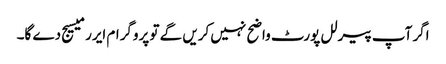
اگر آپ پیرلل پورٹ واضح نہیں کریں گے تو پروگرام ایرر میسیج دے گا۔